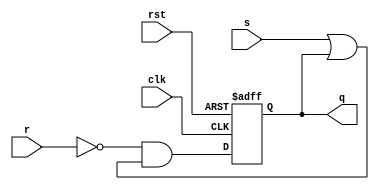
module SR_reg(
    input wire rst,
    input wire clk,
    input wire s,
    input wire r,
    output reg q
    
    );
    
    always @(posedge clk, posedge rst) begin
        if (rst) q <= 1'b0;
        else q <= (~r) & (s|q); //added ~
    end
endmodule